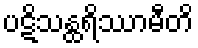
ပဋိသန္ထရိဿာမီတိ